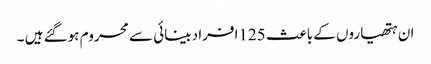
ان ہتھیاروں کے باعث 125افراد بینائی سے محروم ہوگئے ہیں ۔